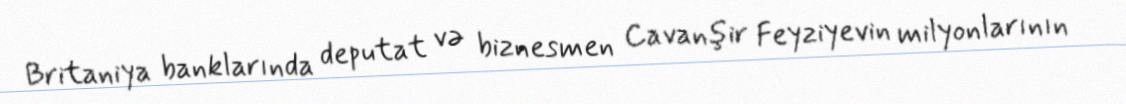
Britaniya banklarında deputat və biznesmen Cavanşir Feyziyevin milyonlarının